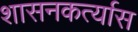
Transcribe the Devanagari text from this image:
शासनकर्त्यास